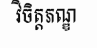
វិចិត្តភណ្ឌ